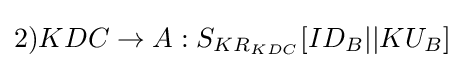
2)KDC\rightarrow A:S_{KR_{KDC}}[ID_{B}||KU_{B}]